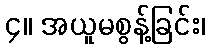
၄။ အယူမစွန့်ခြင်း၊